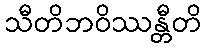
သီတိဘဝိဿန္တီတိ